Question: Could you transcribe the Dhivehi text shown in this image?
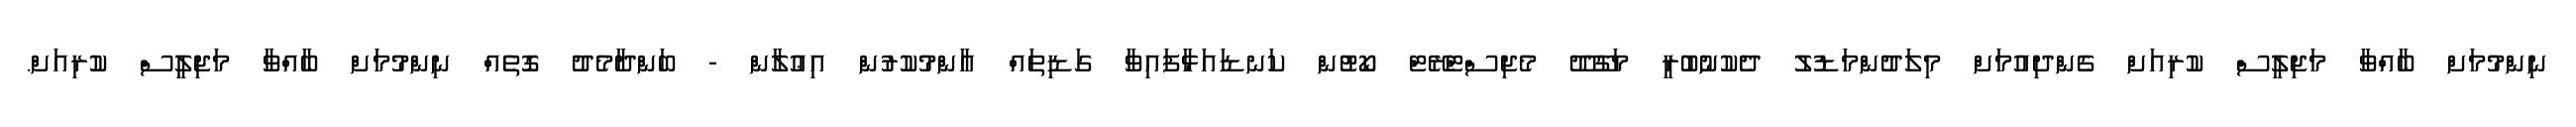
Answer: ނިންމުމަށް ބާއްވާ މަޖިލީސް ކުރިއަށް ގެންދިއުމަށް މިލަދުންމަޑުލު ދެކުނުބުރީ މަގޫދޫ މެޖިސްޓްރޭޓް ކޯޓުން ކަނޑައަޅާފައިވާ ގަޑިތައް އާންމުކުރުން އިޢުލާން - ބަންދާމެދު ގޮތެއް ނިންމުމަށް ބާއްވާ މަޖިލީސް ކުރިއަށް.